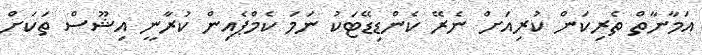
އަމާނާތް ތެރިކަން ކުރިއަށް ނެރޭ ކެންޑިޑޭޓަކު ނަމަ ކެމްޕެއިން ކުރާނީ އިޝޫސް ތަކަށް